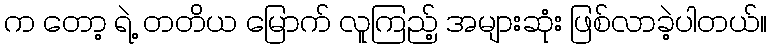
က တော့ ရဲ့ တတိယ မြောက် လူကြည့် အများဆုံး ဖြစ်လာခဲ့ပါတယ်။